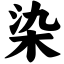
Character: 染